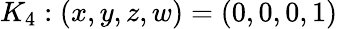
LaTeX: K_{4}:(x,y,z,w)=(0,0,0,1)